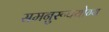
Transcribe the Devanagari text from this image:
समनुरूपयोग्य